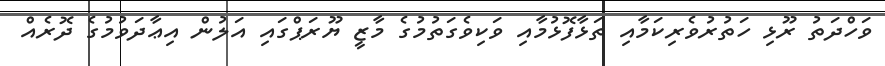
ވަހްދަތު ރޫޅި ހަތުރުވެރިކަމާއި ތަޅާފޮޅުމާއި ވަކިވެގަތުމުގެ މާޒީ ޔޫރަޕްގައި އަލުން އިޢާދަވުމުގެ ދޮރެއް